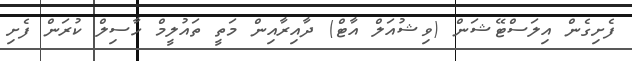
ފެށިގެން އިލަސްޓޭޝަން (ވިޝުއަލް އާޓް) ދާއިރާއިން މަތީ ތައުލީމް ހާސިލް ކުރަން ފެށި